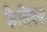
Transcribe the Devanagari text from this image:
फैलिक्स